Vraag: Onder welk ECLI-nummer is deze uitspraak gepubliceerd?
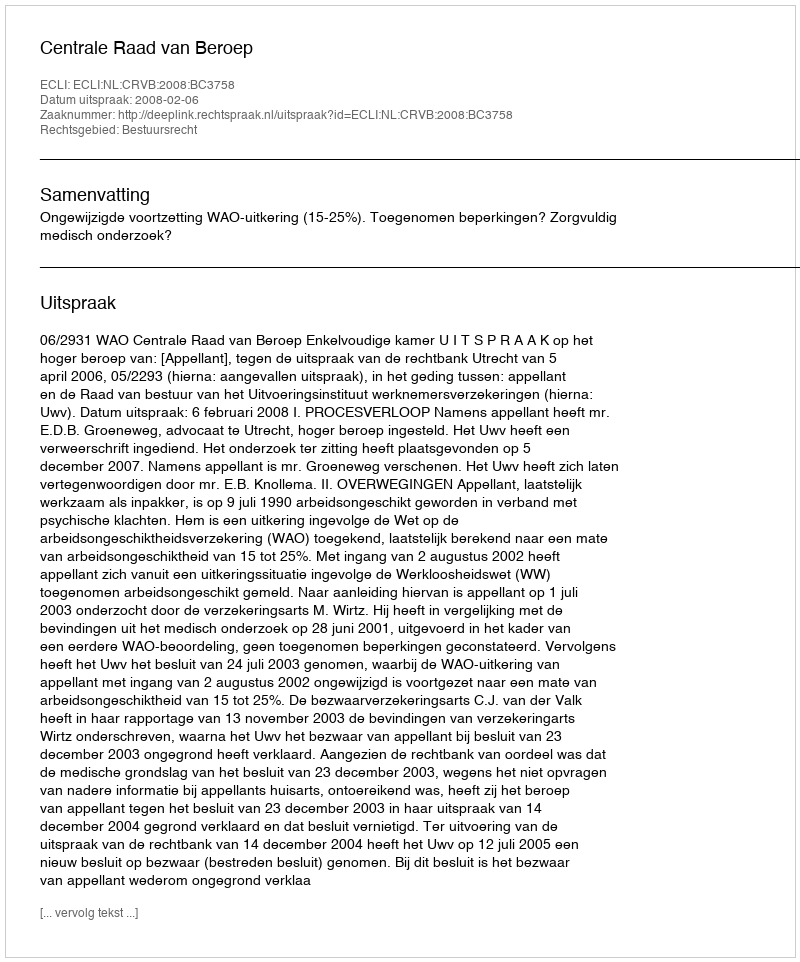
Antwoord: ECLI:NL:CRVB:2008:BC3758